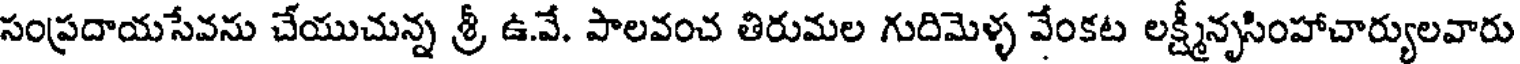
సంప్రదాయసేవను చేయుచున్న శ్రీ ఉ.వే. పాలవంచ తిరుమల గుదిమెళ్ళ వేంకట లక్ష్మీనృసింహాచార్యులవారు